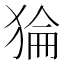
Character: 𰡛